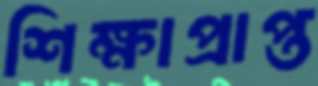
শিক্ষাপ্রাপ্ত